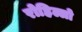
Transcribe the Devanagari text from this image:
रोहिल्लो